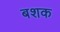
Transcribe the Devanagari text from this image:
बशक